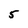
Character: 5